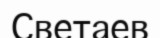
Светаев